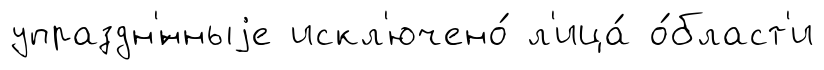
упраздн'́нныjе искл'ючено́ л'ица́ о́бласт'и